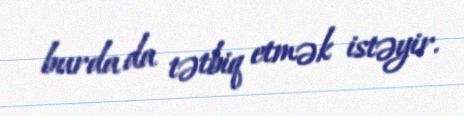
burda da tətbiq etmək istəyir.